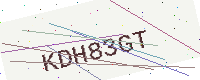
Text: KDH83GT